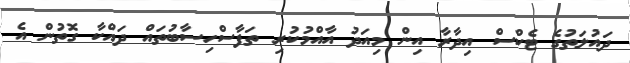
ދައުލަތުގެ ޓެކްސް އިދާރާ އިން މިއަދު އާއްމުކުރި ތަފާސްހިސާބުތައް ދައްކާ ގޮތުން އެ